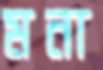
মনা